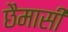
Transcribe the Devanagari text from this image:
छैमासी